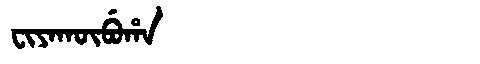
Manchu: ᠸᡳᠶᠠᡴᡡᠪᡠᡥᠠ
Romanization: FIYAKŪBUHA